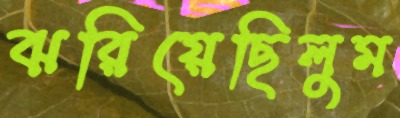
ঝরিয়েছিলুম